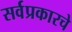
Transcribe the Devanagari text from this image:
सर्वप्रकारचे